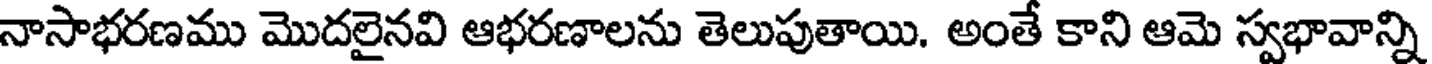
నాసాభరణము మొదలైనవి ఆభరణాలను తెలుపుతాయి. అంతే కాని ఆమె స్వభావాన్ని